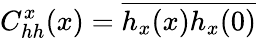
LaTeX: C_{hh}^{x}(x)=\overline{{h_{x}(x)h_{x}(0)}}